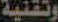
وتقنية